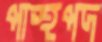
পান্থপদ